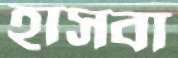
হাসবা